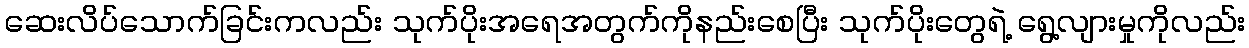
ဆေးလိပ်သောက်ခြင်းကလည်း သုက်ပိုးအရေအတွက်ကိုနည်းစေပြီး သုက်ပိုးတွေရဲ့ ရွေ့လျားမှုကိုလည်း